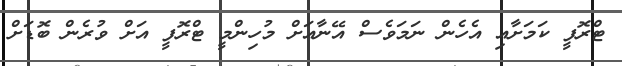
ޓްރޮފީ ކަމަށާއި އެހެން ނަމަވެސް އޭނާއަށް މުހިންމީ ޓްރޮފީ އަށް ވުރެން ބޮޑަށް